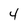
Character: 4